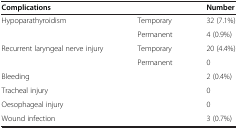
<table><thead><tr><td><b>Complications</b></td><td><b> </b></td><td><b>Number</b></td></tr></thead><tbody><tr><td rowspan="2">Hypoparathyroidism</td><td>Temporary</td><td>32 (7.1%)</td></tr><tr><td>Permanent</td><td>4 (0.9%)</td></tr><tr><td rowspan="2">Recurrent laryngeal nerve injury</td><td>Temporary</td><td>20 (4.4%)</td></tr><tr><td>Permanent</td><td>0</td></tr><tr><td>Bleeding</td><td> </td><td>2 (0.4%)</td></tr><tr><td>Tracheal injury</td><td> </td><td>0</td></tr><tr><td>Oesophageal injury</td><td> </td><td>0</td></tr><tr><td>Wound infection</td><td> </td><td>3 (0.7%)</td></tr></tbody></table>